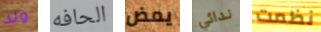
ولد الحافه يمض ندائي نظمت